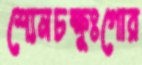
শ্যেনচক্ষুঃগোর